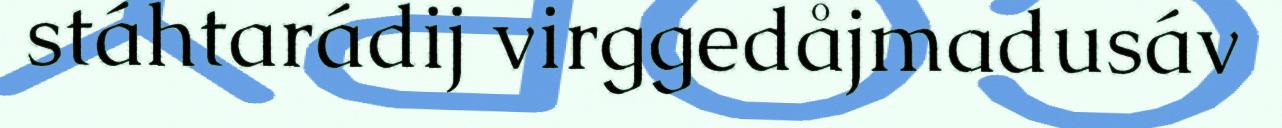
stáhtarádij virggedåjmadusáv